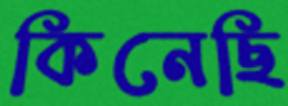
কিনেছি